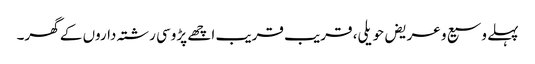
پہلے وسیع و عریض حویلی، قریب قریب اچھے پڑوسی رشتہ داروں کے گھر۔